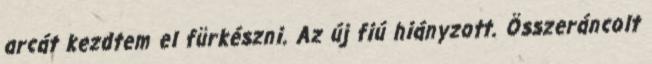
arcát kezdtem el fürkészni. Az új fiú hiányzott. Összeráncolt